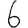
Digit: 6